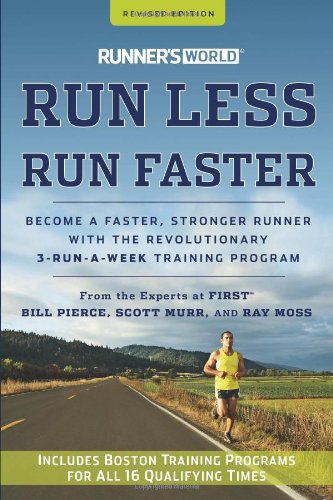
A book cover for Runner's World Run Less, Run Faster: Become a Faster, Stronger Runner with the Revolutionary 3-Run-a-Week Training Program; Bill Pierce; Health, Fitness & Dieting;